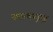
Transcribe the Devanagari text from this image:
स्मारकसुद्धा